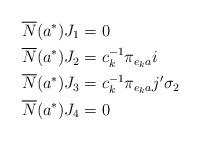
LaTeX: \begin{align*} \overline{N}(a^{\ast})J_{1}&=0 \\\overline{N}(a^{\ast})J_{2}&=c_{k}^{-1}\pi_{e_{k}a}i \\\overline{N}(a^{\ast})J_{3}&=c_{k}^{-1}\pi_{e_{k}a}j'\sigma_{2} \\\overline{N}(a^{\ast})J_{4}&=0\end{align*}